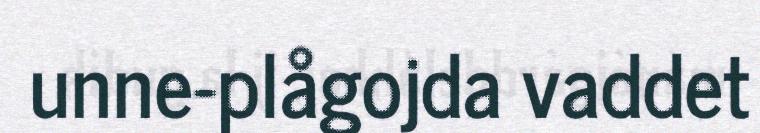
unne-plågojda vaddet